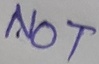
Text: NOT